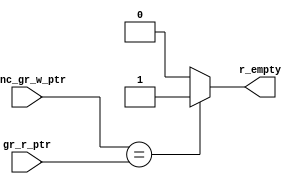
module r_empty_calc #(
                            parameter ADDR_WIDTH = 3
                         )
(
input   wire    [ADDR_WIDTH:0]   sync_gr_w_ptr ,
input   wire    [ADDR_WIDTH:0]   gr_r_ptr      ,
output  reg                      r_empty              
);

always@(*)
 begin
  if(sync_gr_w_ptr == gr_r_ptr)
    begin
        r_empty = 1'b1 ;
    end
   else
    begin
        r_empty = 1'b0 ;
    end
 end
               
endmodule